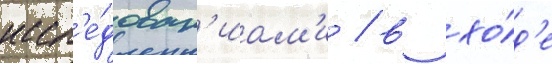
иссл'е́дован'иам'и / в хо́д'е